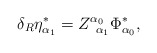
\begin{align*}\delta _R\eta _{\alpha _1}^{*}=Z_{\;\;\alpha _1}^{\alpha _0}\Phi_{\alpha _0}^{*},\end{align*}